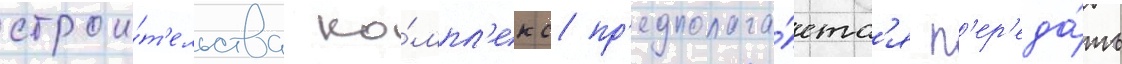
строи́т'ельства ко́мпл'екс пр'едполага́етс'я п'ер'еда́ть